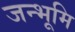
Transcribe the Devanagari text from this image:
जन्भूमि